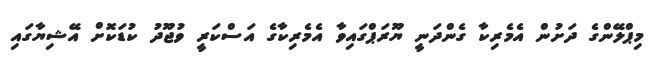
މިޕްލޭންގެ ދަށުން އެމެރިކާ ގެންދަނީ ޔޫރަޕްގައިވާ އެމެރިކާގެ އަސްކަރީ ވުޖޫދު ކުޑަކޮށް އޭޝިޔާގައި